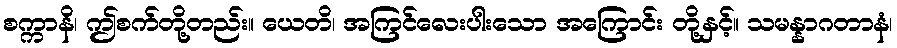
စက္ကာနိ၊ ဤစက်တို့တည်း။ ယေတိ၊ အကြင်လေးပါးသော အကြောင်း တို့နှင့်။ သမန္နာဂတာနံ၊